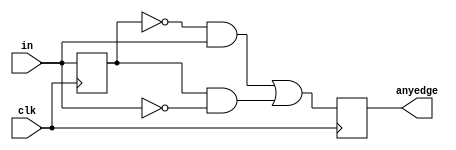
module top_module (
    input clk,
    input [7:0] in,
    output [7:0] anyedge
);

    reg [7:0] prev_in;

    always @(posedge clk) begin
        prev_in <= in;

        // posedge: 0 -> 1
        // negedge: 1 -> 0

        anyedge <= (~prev_in & in) | (prev_in & ~in);

    end

endmodule